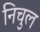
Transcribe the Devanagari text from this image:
निचुल